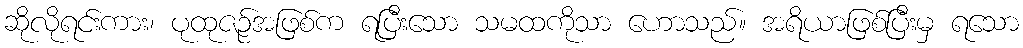
ဆိုလိုရင်းကား၊ ပုထုဇဉ်အဖြစ်က ရပြီးသော သမထကိုသာ ဟောသည်။ အရိယာဖြစ်ပြီးမှ ရသော